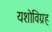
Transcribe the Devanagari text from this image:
यशोविग्रह